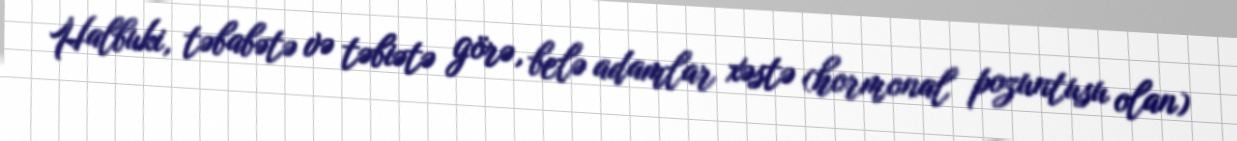
Halbuki, təbabətə və təbiətə görə, belə adamlar xəstə (hormonal pozuntusu olan)